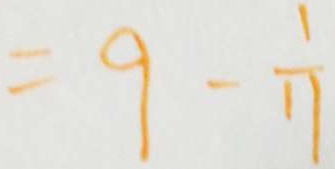
= 9 - \frac { 1 } { 1 1 }